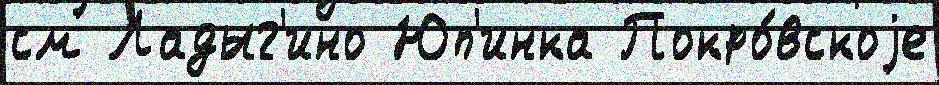
см Ладыг'ино Юп'инка Покро́вскоjе